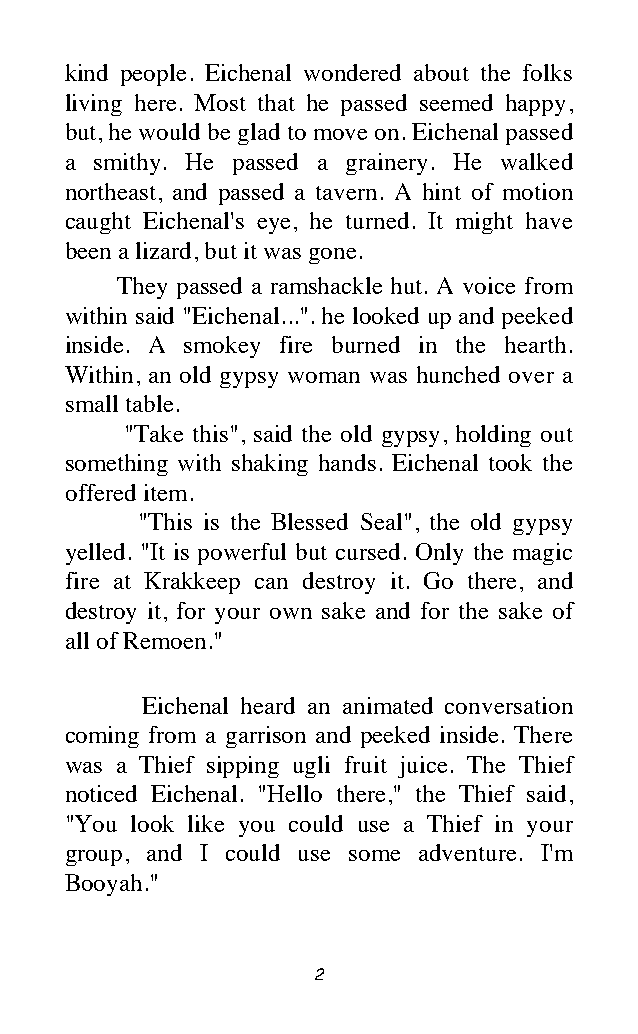
kind people. Eichenal wondered about the folks
 living here. Most that he passed seemed happy,
 but, he would be glad to move on. Eichenal passed
 a smithy. He passed a grainery. He walked
 northeast, and passed a tavern. A hint of motion
 caught Eichenal's eye, he turned. It might have
 been a lizard, but it was gone.
 They passed a ramshackle hut. A voice from
 within said "Eichenal...". he looked up and peeked
 inside. A smokey fire burned in the hearth.
 Within, an old gypsy woman was hunched over a
 small table.
 "Take this", said the old gypsy, holding out
 something with shaking hands. Eichenal took the
 offered item.
 "This is the Blessed Seal", the old gypsy
 yelled. "It is powerful but cursed. Only the magic
 fire at Krakkeep can destroy it. Go there, and
 destroy it, for your own sake and for the sake of
 all of Remoen."
 Eichenal heard an animated conversation
 coming from a garrison and peeked inside. There
 was a Thief sipping ugli fruit juice. The Thief
 noticed Eichenal. "Hello there," the Thief said,
 "You look like you could use a Thief in your
 group, and I could use some adventure. I'm
 Booyah."
 2